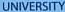
UNIVERSITY